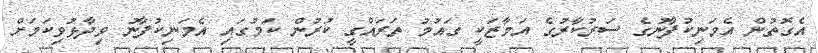
އެގޮތުން އެމަނިކުފާނުގެ ސަރުކާރުގެ އަމާޒަކީ ގައުމު ތަރައްގީ ކުރުން ކަމުގައި އެމަނިކުފާނު ވިދާޅުވިކަމަށް